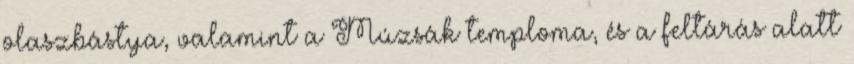
olaszbástya, valamint a Múzsák temploma, és a feltárás alatt